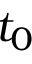
t _ { 0 }